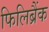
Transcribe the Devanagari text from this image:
फिलिब्रैंक